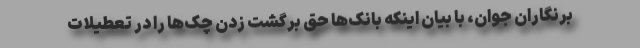
برنگاران جوان، با بیان اینکه بانک‌ها حق برگشت زدن چک‌ها را در تعطیلات